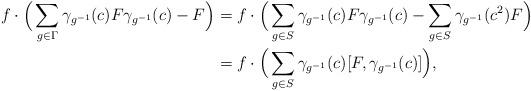
LaTeX: \begin{align*}f\cdot \Big(\sum_{g\in \Gamma}\gamma_{g^{-1}}(c)F\gamma_{g^{-1}}(c)-F\Big) &= f\cdot \Big(\sum_{g\in S}\gamma_{g^{-1}}(c)F\gamma_{g^{-1}}(c)-\sum_{g\in S} \gamma_{g^{-1}}(c^2)F\Big) \\& =f\cdot \Big(\sum_{g\in S}\gamma_{g^{-1}}(c)[F,\gamma_{g^{-1}}(c)]\Big),\end{align*}